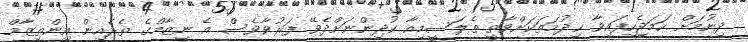
ދިނުމަށް ހަމަޖެހިފައިވާ ޚިދުމަތަކަށްވާތީ ތެލަސީމިއާ ކުދިންނަށްދެވޭ ފަރުވާވެސް އެ ނިޒާމްގެ ތެރެއިން އިންތިޒާމް